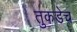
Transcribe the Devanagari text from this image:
तुकडेच